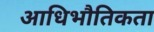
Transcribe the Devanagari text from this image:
आधिभौतिकता